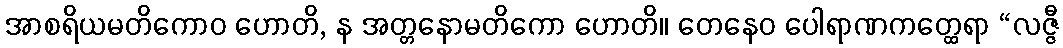
အာစရိယမတိကောဝ ဟောတိ, န အတ္တနောမတိကော ဟောတိ။ တေနေဝ ပေါရာဏကတ္ထေရာ “လဇ္ဇီ